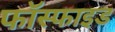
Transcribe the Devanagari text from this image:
फॉस्फाइड